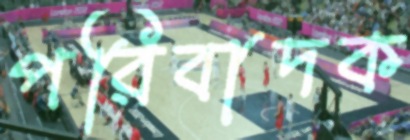
পরিবাদক